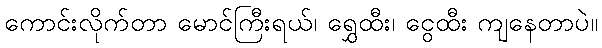
ကောင်းလိုက်တာ မောင်ကြီးရယ်၊ ရွှေထီး၊ ငွေထီး ကျနေတာပဲ။